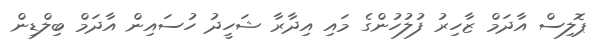
ޕޮލިސް އާދަމް ޒާހިރު ފުލުހުންގެ މައި އިދާރާ ޝަހީދު ހުސައިން އާދަމް ބިލްޑިން